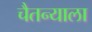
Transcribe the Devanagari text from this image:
चैतन्याला